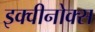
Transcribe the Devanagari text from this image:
इक्वीनोक्स